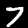
Digit: 7